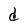
Character: d